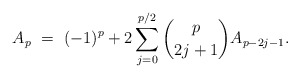
\begin{align*} A_{p} \ = \ (-1)^p + 2\sum_{j=0}^{p/2} \binom{p}{2j+1} A_{p-2j-1}. \end{align*}